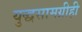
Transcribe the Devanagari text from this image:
युद्धसामग्रीही